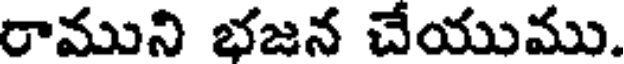
రాముని భజన చేయుము.